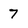
Character: 7